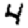
Digit: 4